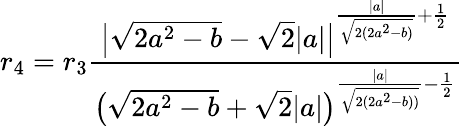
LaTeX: r_{4}=r_{3}\frac{\big|\sqrt{2a^{2}-b}-\sqrt{2}|a|\big|^{\frac{|a|}{\sqrt{2(2a^{2}-b)}}+\frac{1}{2}}}{\big(\sqrt{2a^{2}-b}+\sqrt{2}|a|\big)^{\frac{|a|}{\sqrt{2(2a^{2}-b))}}-\frac{1}{2}}}